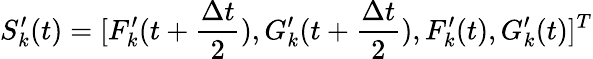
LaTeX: S_{k}^{\prime}(t)=[F_{k}^{\prime}(t+\frac{\Delta t}{2}),G_{k}^{\prime}(t+\frac{\Delta t}{2}),F_{k}^{\prime}(t),G_{k}^{\prime}(t)]^{T}